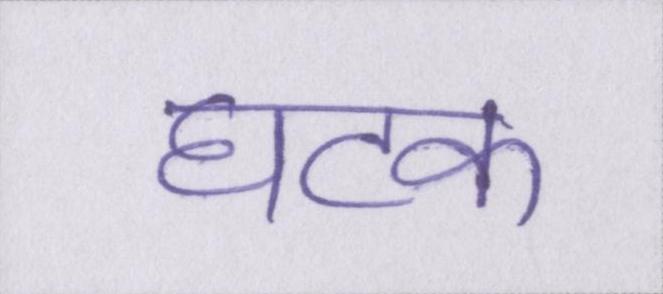
घटक